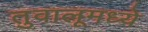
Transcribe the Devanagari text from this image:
तुवालूमध्ये